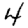
Digit: 4